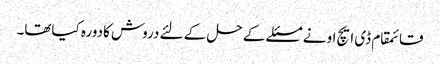
قائمقام ڈی ایچ او نے مسئلے کے حل کے لئے دروش کادورہ کیاتھا۔